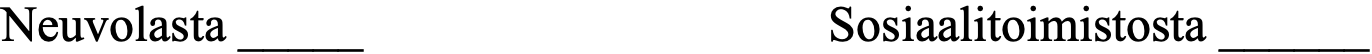
Neuvolasta _____           Sosiaalitoimistosta ______